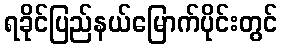
ရခိုင်ပြည်နယ်မြောက်ပိုင်းတွင်